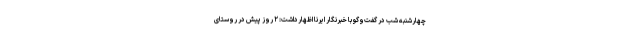
چهارشنبه شب در گفت‌وگو با خبرنگار ایرنا اظهارداشت: ۲ روز پیش در روستای